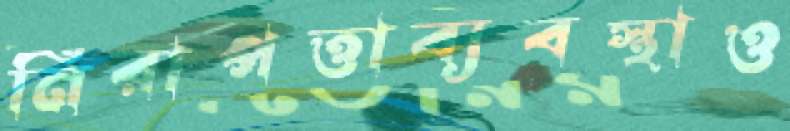
নিরাপত্তাব্যবস্থাও